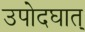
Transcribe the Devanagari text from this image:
उपोदघात्‌